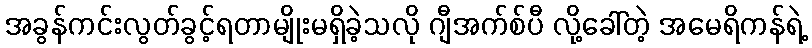
အခွန်ကင်းလွတ်ခွင့်ရတာမျိုးမရှိခဲ့သလို ဂျီအက်စ်ပီ လို့ခေါ်တဲ့ အမေရိကန်ရဲ့